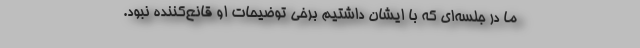
ما در جلسه‌ای که با ایشان داشتیم برخی توضیحات او قانع‌کننده نبود.